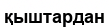
қыштардан